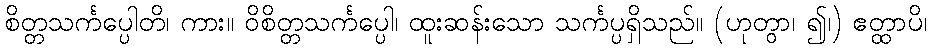
စိတ္တသင်္ကပ္ပေါတိ၊ ကား။ ဝိစိတ္တသင်္ကပ္ပေါ၊ ထူးဆန်းသော သင်္ကပ္ပရှိသည်။ (ဟုတွာ၊ ၍၊) ဧတ္ထာပိ၊